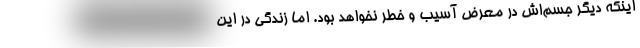
اینکه دیگر جسم‌اش در معرض آسیب و خطر نخواهد بود. اما زندگی در این